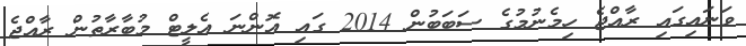
ވަނައިގައި ރާއްޖެ ހިމެނުމުގެ ސަބަބުން 2014 ގައި އޮންނަ އެލީޓް މުބާރާތުން ރާއްޖެ